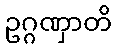
ဥဂ္ဂဏှာတိ